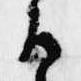
候